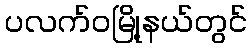
ပလက်ဝမြို့နယ်တွင်